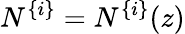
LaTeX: N^{\{ i\} }=N^{\{ i\} }(z)